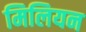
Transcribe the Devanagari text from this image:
मिलियन